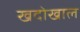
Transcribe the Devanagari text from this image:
खदोखाल